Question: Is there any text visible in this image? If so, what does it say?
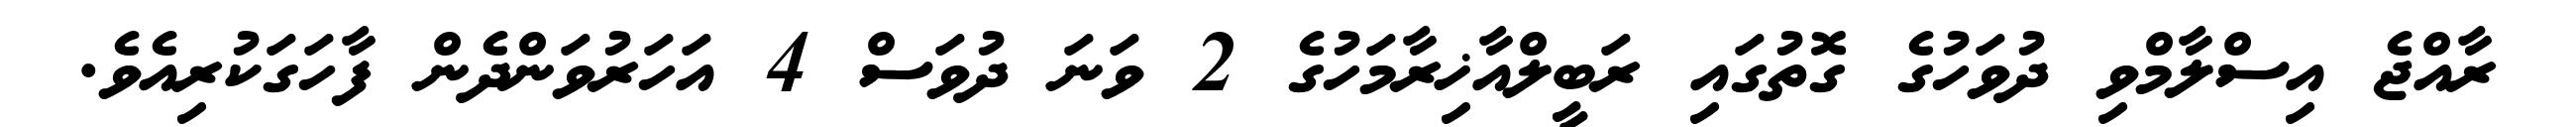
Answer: ރާއްޖެ އިސްލާމްވި ދުވަހުގެ ގޮތުގައި ރަބީލްއާޚިރާމަހުގެ 2 ވަނަ ދުވަސް 4 އަހަރުވަންދެން ފާހަގަކުރިއެވެ.